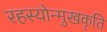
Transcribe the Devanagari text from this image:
रहस्योन्मुखकृति